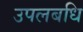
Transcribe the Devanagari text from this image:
उपलबधि